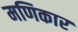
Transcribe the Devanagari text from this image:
मणिकार